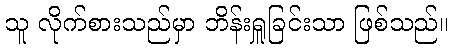
သူ လိုက်စားသည်မှာ ဘိန်းရှူခြင်းသာ ဖြစ်သည်။